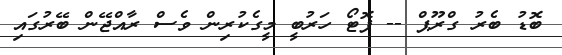
ބޮޑު ބެރު ގްރޫޕް -- ފޮޓޯ ހަރުބީ މީގެކުރިން ވެސް ރާއްޖޭން ބޭރުގައި